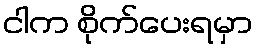
ငါက စိုက်ပေးရမှာ